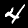
Label: 4